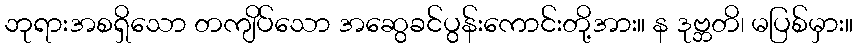
ဘုရားအစရှိသော တကျိပ်သော အဆွေခင်ပွန်းကောင်းတို့အား။ န ဒုဗ္ဘတိ၊ မပြစ်မှား။